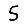
Digit: 5